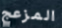
المزعج